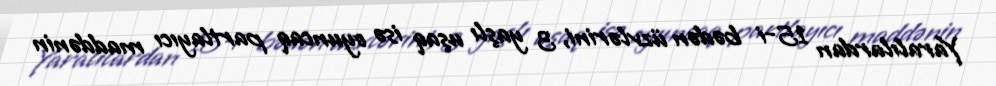
Yaralılardan 15-i bədən üzvlərini, 3 yaşlı uşaq isə oyuncaq partlayıcı maddənin